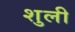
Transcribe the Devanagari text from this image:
शुली